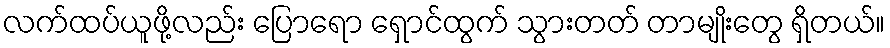
လက်ထပ်ယူဖို့လည်း ပြောရော ရှောင်ထွက် သွားတတ် တာမျိုးတွေ ရှိတယ်။